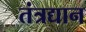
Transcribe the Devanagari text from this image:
तंत्रद्यान